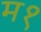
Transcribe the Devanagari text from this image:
म१